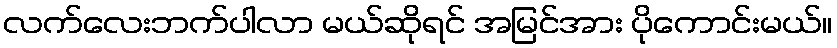
လက်လေးဘက်ပါလာ မယ်ဆိုရင် အမြင်အား ပိုကောင်းမယ်။